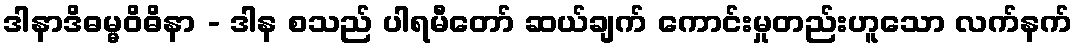
ဒါနာဒိဓမ္မဝိဓိနာ - ဒါန စသည် ပါရမီတော် ဆယ်ချက် ကောင်းမှုတည်းဟူသော လက်နက်